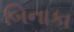
બિનાકા